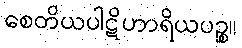
စေတိယပါဋိဟာရိယပဉ္စ။